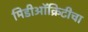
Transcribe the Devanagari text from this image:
मिडीऑक्रिटीचा